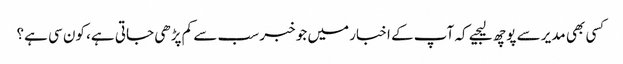
کسی بھی مدیر سے پوچھ لیجیے کہ آپ کے اخبار میں جو خبر سب سے کم پڑھی جاتی ہے، کون سی ہے؟